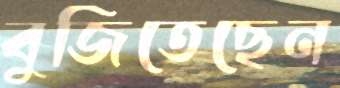
বুজিতেছেন